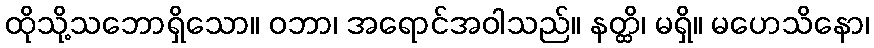
ထိုသို့သဘောရှိသော။ ဝဘာ၊ အရောင်အဝါသည်။ နတ္ထိ၊ မရှိ။ မဟေသိနော၊